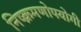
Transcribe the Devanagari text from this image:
निष्क्रमणोपयोगी